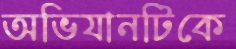
অভিযানটিকে